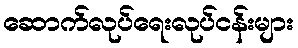
ဆောက်လုပ်ရေးလုပ်ငန်းများ